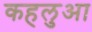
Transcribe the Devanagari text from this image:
कहलुआ